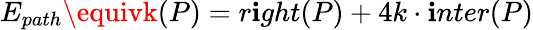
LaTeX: E_{path}\equivk(P)=r\mathbf{i}ght(P)+4k\cdot\mathbf{i}nter(P)